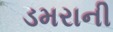
ડમરાની